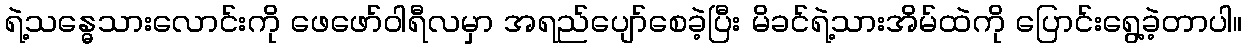
ရဲ့သန္ဓေသားလောင်းကို ဖေဖော်ဝါရီလမှာ အရည်ပျော်စေခဲ့ပြီး မိခင်ရဲ့သားအိမ်ထဲကို ပြောင်းရွေ့ခဲ့တာပါ။